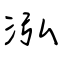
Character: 泓